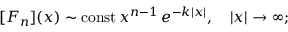
[ F _ { n } ] ( x ) \sim \mathrm { c o n s t } \, x ^ { n - 1 } \, e ^ { - k | x | } , \quad | x | \to \infty ;